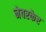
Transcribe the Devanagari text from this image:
नेवरकेर